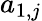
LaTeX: a_{1,j}